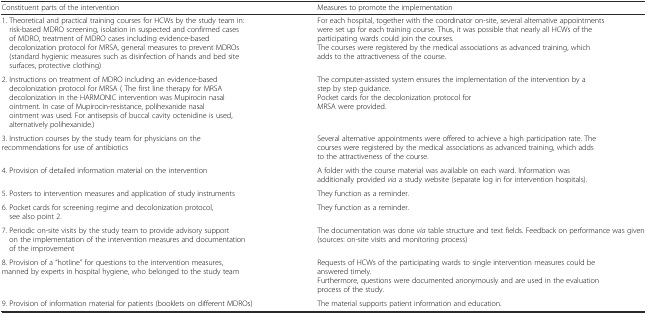
| Constituent parts of the intervention | Measures to promote the implementation |
 | --- | --- |
 | 1. Theoretical and practical training courses for HCWs by the study team in: risk-based MDRO screening, isolation in suspected and confirmed cases of MDRO, treatment of MDRO cases including evidence-based decolonization protocol for MRSA, general measures to prevent MDROs (standard hygienic measures such as disinfection of hands and bed site surfaces, protective clothing) | For each hospital, together with the coordinator on-site, several alternative appointments were set up for each training course. Thus, it was possible that nearly all HCWs of the participating wards could join the courses. The courses were registered by the medical associations as advanced training, which adds to the attractiveness of the course. |
 | 2. Instructions on treatment of MDRO including an evidence-based decolonization protocol for MRSA ( The first line therapy for MRSA decolonization in the HARMONIC intervention was Mupirocin nasal ointment. In case of Mupirocin-resistance, polihexanide nasal ointment was used. For antisepsis of buccal cavity octenidine is used, alternatively polihexanide.) | The computer-assisted system ensures the implementation of the intervention by a step by step guidance. Pocket cards for the decolonization protocol for MRSA were provided. |
 | 3. Instruction courses by the study team for physicians on the recommendations for use of antibiotics | Several alternative appointments were offered to achieve a high participation rate. The courses were registered by the medical associations as advanced training, which adds to the attractiveness of the course. |
 | 4. Provision of detailed information material on the intervention | A folder with the course material was available on each ward. Information was additionally provided via a study website (separate log in for intervention hospitals). |
 | 5. Posters to intervention measures and application of study instruments | They function as a reminder. |
 | 6. Pocket cards for screening regime and decolonization protocol, see also point 2. | They function as a reminder. |
 | 7. Periodic on-site visits by the study team to provide advisory support on the implementation of the intervention measures and documentation of the improvement | The documentation was done via table structure and text fields. Feedback on performance was given (sources: on-site visits and monitoring process) |
 | 8. Provision of a “hotline” for questions to the intervention measures, manned by experts in hospital hygiene, who belonged to the study team | Requests of HCWs of the participating wards to single intervention measures could be answered timely. Furthermore, questions were documented anonymously and are used in the evaluation process of the study. |
 | 9. Provision of information material for patients (booklets on different MDROs) | The material supports patient information and education. |